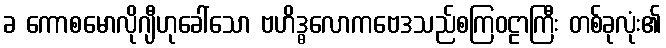
ခ ကောစမောလိုဂျီဟုခေါ်သော ဗဟိဒ္ဓလောကဗေဒသည်စကြဝဠာကြီး တစ်ခုလုံး၏